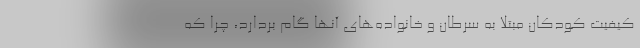
کیفیت کودکان مبتلا به سرطان و خانواده‌های آنها گام بردارد، چرا که